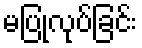
မပြုလုပ်ခြင်း